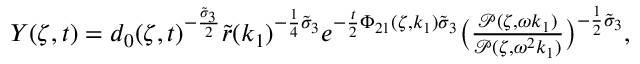
\begin{array} { r } { Y ( \zeta , t ) = d _ { 0 } ( \zeta , t ) ^ { - \frac { \tilde { \sigma } _ { 3 } } { 2 } } \tilde { r } ( k _ { 1 } ) ^ { - \frac { 1 } { 4 } \tilde { \sigma } _ { 3 } } e ^ { - \frac { t } { 2 } \Phi _ { 2 1 } ( \zeta , k _ { 1 } ) \tilde { \sigma } _ { 3 } } \big ( \frac { \mathcal { P } ( \zeta , \omega k _ { 1 } ) } { \mathcal { P } ( \zeta , \omega ^ { 2 } k _ { 1 } ) } \big ) ^ { - \frac { 1 } { 2 } \tilde { \sigma } _ { 3 } } , } \end{array}